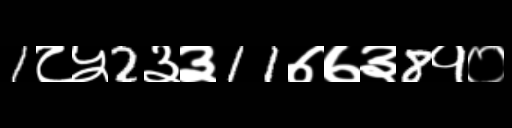
Text: 1८५2३३11७७३8१०